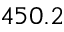
4 5 0 . 2